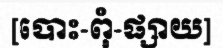
[បោះ-ពុំ-ផ្សាយ]